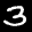
Label: 3